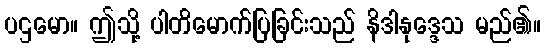
ပဌမော။ ဤသို့ ပါတိမောက်ပြခြင်းသည် နိဒါနုဒ္ဒေသ မည်၏။